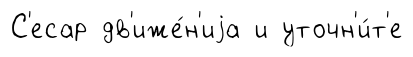
С'есар дв'иже́н'иjа и уточн'и́т'е